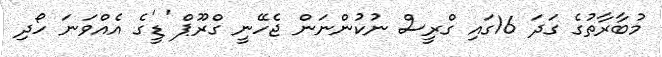
މުބާރާތުގެ ގަދަ 16ގައި ގްރީސް ނުކުންނަން ޖެހޭނީ ގްރޫޕް 'ޑީ'ގެ އެއްވަނަ ހޯދި